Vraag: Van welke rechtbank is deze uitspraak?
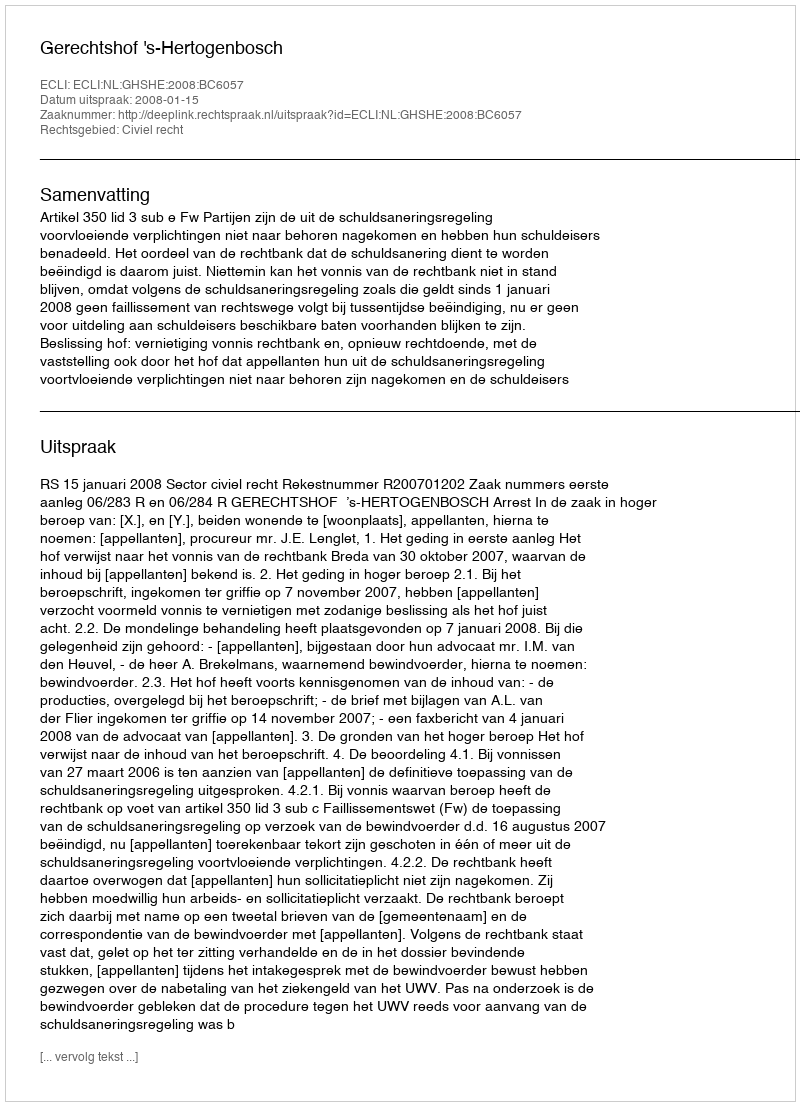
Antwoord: Gerechtshof 's-Hertogenbosch